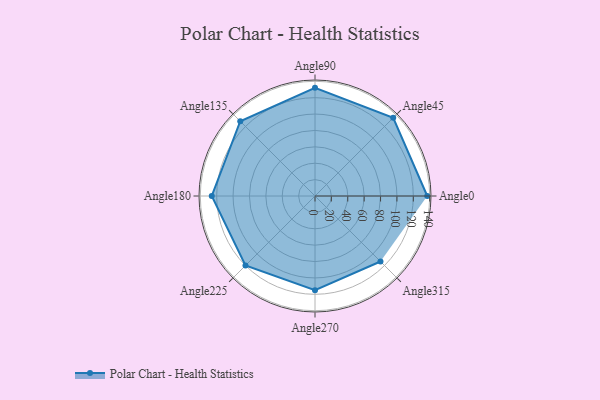
{"axis": {"x": "Angle", "y": "Radius"}, "legend": [""], "data": [{"x": "Angle0", "y": 137.0, "type": ""}, {"x": "Angle45", "y": 135.0, "type": ""}, {"x": "Angle90", "y": 132.0, "type": ""}, {"x": "Angle135", "y": 129.0, "type": ""}, {"x": "Angle180", "y": 126.0, "type": ""}, {"x": "Angle225", "y": 120.0, "type": ""}, {"x": "Angle270", "y": 115.0, "type": ""}, {"x": "Angle315", "y": 113.0, "type": ""}]}